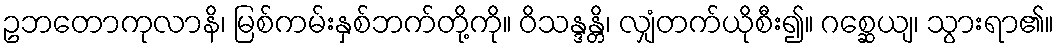
ဥဘတောကုလာနိ၊ မြစ်ကမ်းနှစ်ဘက်တို့ကို။ ဝိသန္ဒန္တိ၊ လျှံတက်ယိုစီး၍။ ဂစ္ဆေယျ၊ သွားရာ၏။